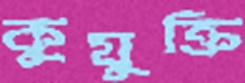
কুযুক্তি